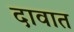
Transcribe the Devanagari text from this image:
दावात